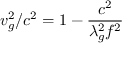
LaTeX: v _ { g } ^ { 2 } / c ^ { 2 } = 1 - { \frac { c ^ { 2 } } { \lambda _ { g } ^ { 2 } f ^ { 2 } } }